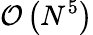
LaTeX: \mathcal{O}\left(N^{5}\right)